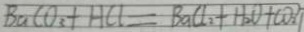
B a C O _ { 3 } + H C l = B a C l _ { 2 } + H _ { 2 } O + C O _ { 2 } \uparrow